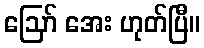
ဩော် အေး ဟုတ်ပြီ။